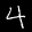
Label: 4